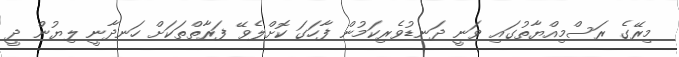
މިރޭގެ ރަސްމިއްޔާތުގައި ވަނީ ދަނޑުވެރިކަމުން ފާހަގަ ކޮށްލެވޭ ފަރާތްތަކަށް ހަނދާނީ ލިޔުން ދީ